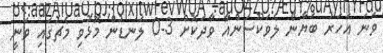
ވަނަ އަހަރު ބަޔާން ލެވަކޫސަންއާ ވާދަކޮށް 3-0 ލަނޑުން މޮޅުވި މެޗުގައި ވަނީ